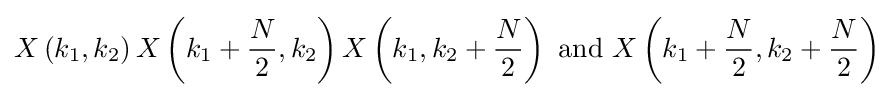
X\left(k_{1},k_{2}\right)X\left(k_{1}+{\frac {N}{2}},k_{2}\right)X\left(k_{1},k_{2}+{\frac {N}{2}}\right){\text{ and }}X\left(k_{1}+{\frac {N}{2}},k_{2}+{\frac {N}{2}}\right)